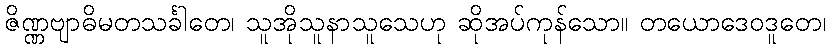
ဇိဏ္ဏဗျာဓိမတသင်္ခါတေ၊ သူအိုသူနာသူသေဟု ဆိုအပ်ကုန်သော။ တယောဒေဝဒူတေ၊